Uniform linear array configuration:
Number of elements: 4
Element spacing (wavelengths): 0.25
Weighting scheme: binomial
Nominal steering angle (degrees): -15
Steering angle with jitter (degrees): -14.559
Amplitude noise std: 0.05
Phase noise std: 0.05

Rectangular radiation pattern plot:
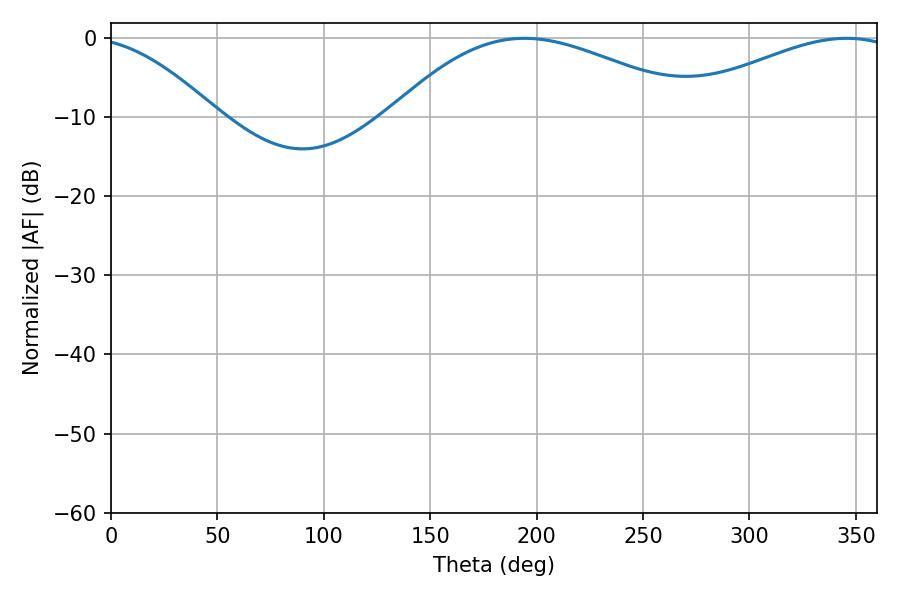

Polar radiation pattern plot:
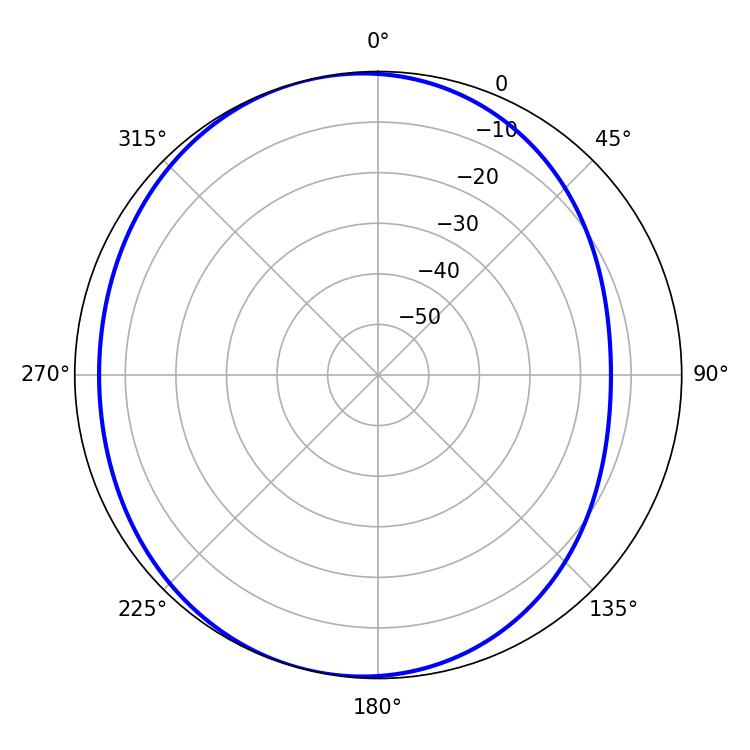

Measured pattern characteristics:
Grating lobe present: FALSE
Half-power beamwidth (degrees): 79.2
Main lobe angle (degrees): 194.22